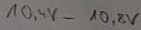
Text: 10,4V-10,8V